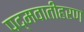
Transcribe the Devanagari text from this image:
पद्मवातीहरण